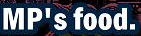
MP's food